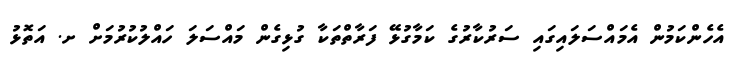
އެހެންކަމުން އެމައްސަލައިގައި ސަރުކާރުގެ ކަމާގުޅޭ ފަރާތްތަކާ ގުޅިގެން މައްސަލަ ހައްލުކުރުމަށް ށ. އަތޮޅު